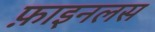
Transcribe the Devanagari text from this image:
फ़ाइनलस